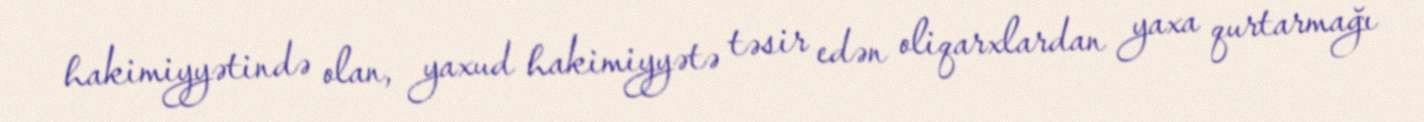
hakimiyyətində olan, yaxud hakimiyyətə təsir edən oliqarxlardan yaxa qurtarmağı